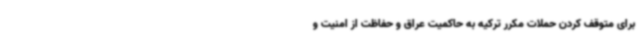
برای متوقف کردن حملات مکرر ترکیه به حاکمیت عراق و حفاظت از امنیت و